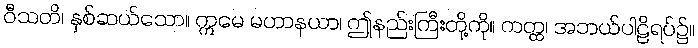
ဝီသတိ၊ နှစ်ဆယ်သော။ ဣမေ မဟာနယာ၊ ဤနည်းကြီးတို့ကို။ ကတ္ထ၊ အဘယ်ပါဠိရပ်၌။